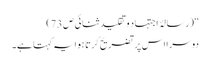
‘‘( رسالۂ اجتہاد وتقلید ثنائی ص 73)
دوسرا اس پر تضریح کرتا ہوا یہ کہتا ہے۔